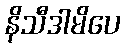
နိသီဒါမိပေ